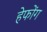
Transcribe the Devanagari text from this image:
हेफोंग